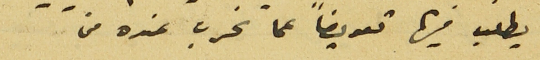
يطلب فيها تعويضاً عما تخرب عنده من